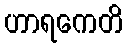
ဟာရကေတိ